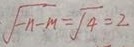
\sqrt { - n - M } = \sqrt { 4 } = 2